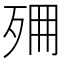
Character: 𣧺